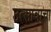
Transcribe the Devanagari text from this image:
उत्सावाचा